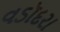
વડૉદરા